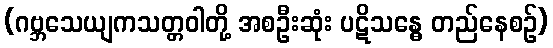
(ဂဗ္ဘသေယျကသတ္တဝါတို့ အစဦးဆုံး ပဋိသန္ဓေ တည်နေစဉ်)